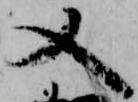
又